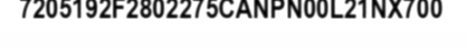
7205192F2802275CANPN00L21NX700